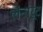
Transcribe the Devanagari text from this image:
लेंनार्ट